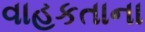
વાહકતાના